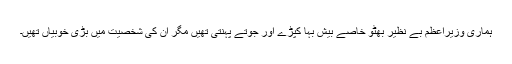
ہماری وزیراعظم بے نظیر بھٹو خاصے بیش بہا کپڑے اور جوتے پہنتی تھیں مگر ان کی شخصیت میں بڑی خوبیاں تھیں۔